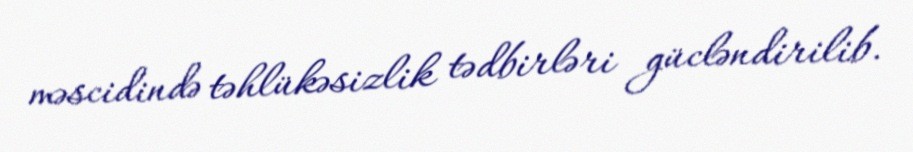
məscidində təhlükəsizlik tədbirləri gücləndirilib.